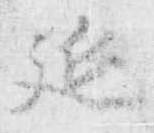
延